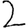
Digit: 2